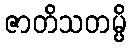
ဇာတိသတမ္ပိ